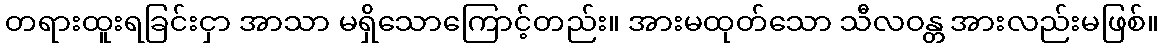
တရားထူးရခြင်းငှာ အာသာ မရှိသောကြောင့်တည်း။ အားမထုတ်သော သီလဝန္တ အားလည်းမဖြစ်။